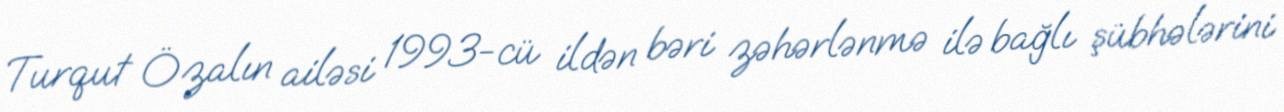
Turqut Özalın ailəsi 1993-cü ildən bəri zəhərlənmə ilə bağlı şübhələrini